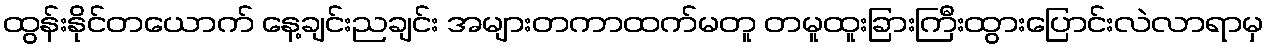
ထွန်းနိုင်တယောက် နေ့ချင်းညချင်း အများတကာထက်မတူ တမူထူးခြားကြီးထွားပြောင်းလဲလာရာမှ